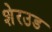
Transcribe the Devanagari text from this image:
शेरउड